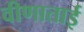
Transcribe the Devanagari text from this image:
वीणाताई